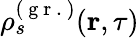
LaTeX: \rho_{s}^{(\mathrm{~g~r~.~})}(\textbf{r},\tau)